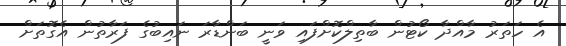
އެ ހަތަރު މާއްދާ ކޯޓުން ބާތިލްކޮށްފައި ވަނީ ބަންޑާރަ ނައިބުގެ ފަރާތުން އެގޮތަށް